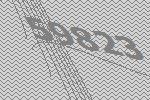
59823